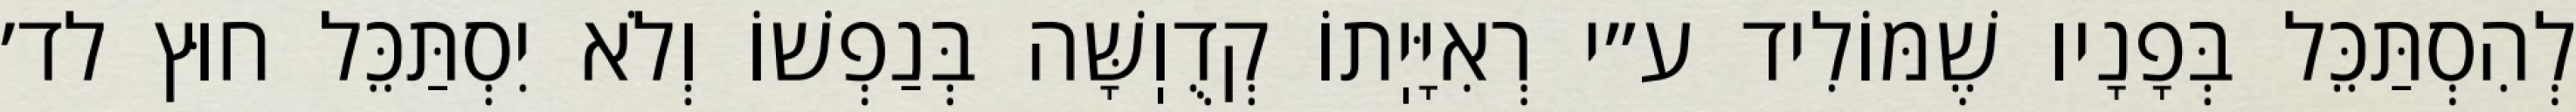
לְהִסְתַּכֵּל בְּפָנָיו שֶׁמּוֹלִיד ע״י רְאִיָּיֽתוֹ קְדֻוֽשָּׁה בְּנַפְשׁוֹ וְלֹא יִסְתַּכֵּל חוּץ לד׳